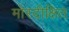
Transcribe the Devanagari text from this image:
मोरदीक्षित